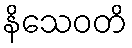
နိသေဝတိ